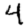
Digit: 4